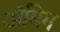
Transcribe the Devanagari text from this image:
अंमिम